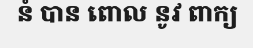
នំ បាន ពោល នូវ ពាក្យ